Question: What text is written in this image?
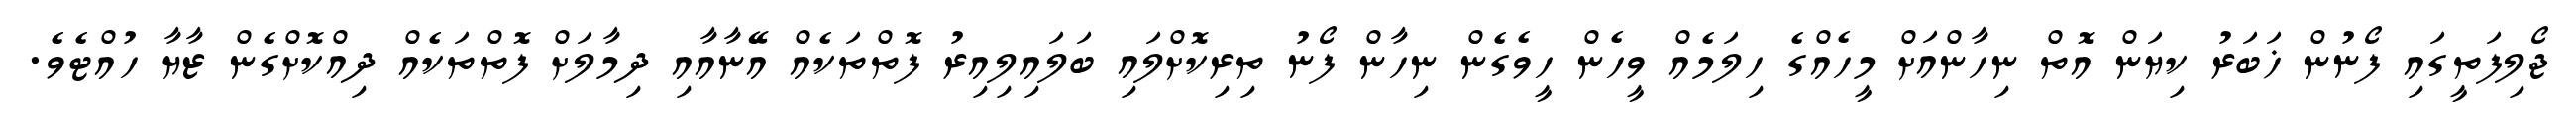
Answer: ޖޯލިފަތީގައި ފޯނުން ޚަބަރު ކިޔަން އޮތް ނިހާންއަށް މީހެއްގެ ހިލަމެއް ވީހެން ހީވެގެން ނިހާން ފޯނު ތިރިކޮށްލައި ބަލައިލިއިރު ފޮތްތަކެއް އޭނާއާއި ދިމާލަށް ފޮތްތަކެއް ދިއްކޮށްގެން ޒާޔާ ހުއްޓެވެ.